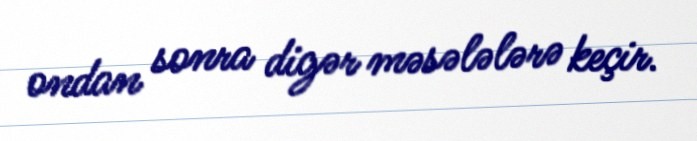
ondan sonra digər məsələlərə keçir.